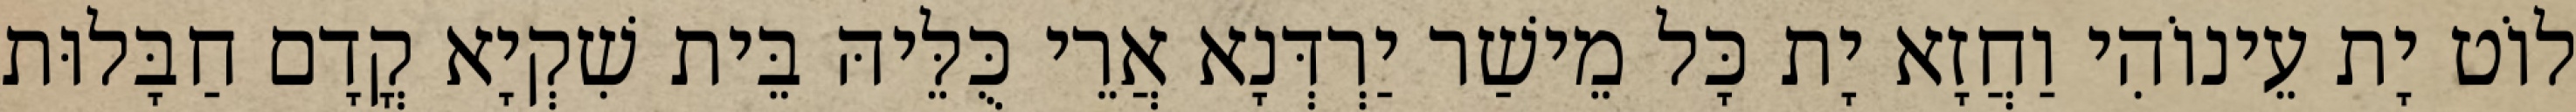
לוֹט יָת עֵינוֹהִי וַחֲזָא יָת כָּל מֵישַׁר יַרְדְּנָא אֲרֵי כֻּלֵּיהּ בֵּית שִׁקְיָא קֳדָם חַבָּלוּת